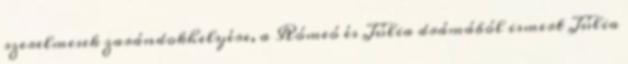
szerelmesek zarándokhelyére, a Rómeó és Júlia drámából ismert Júlia